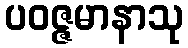
ပဝဇ္ဇမာနာသု